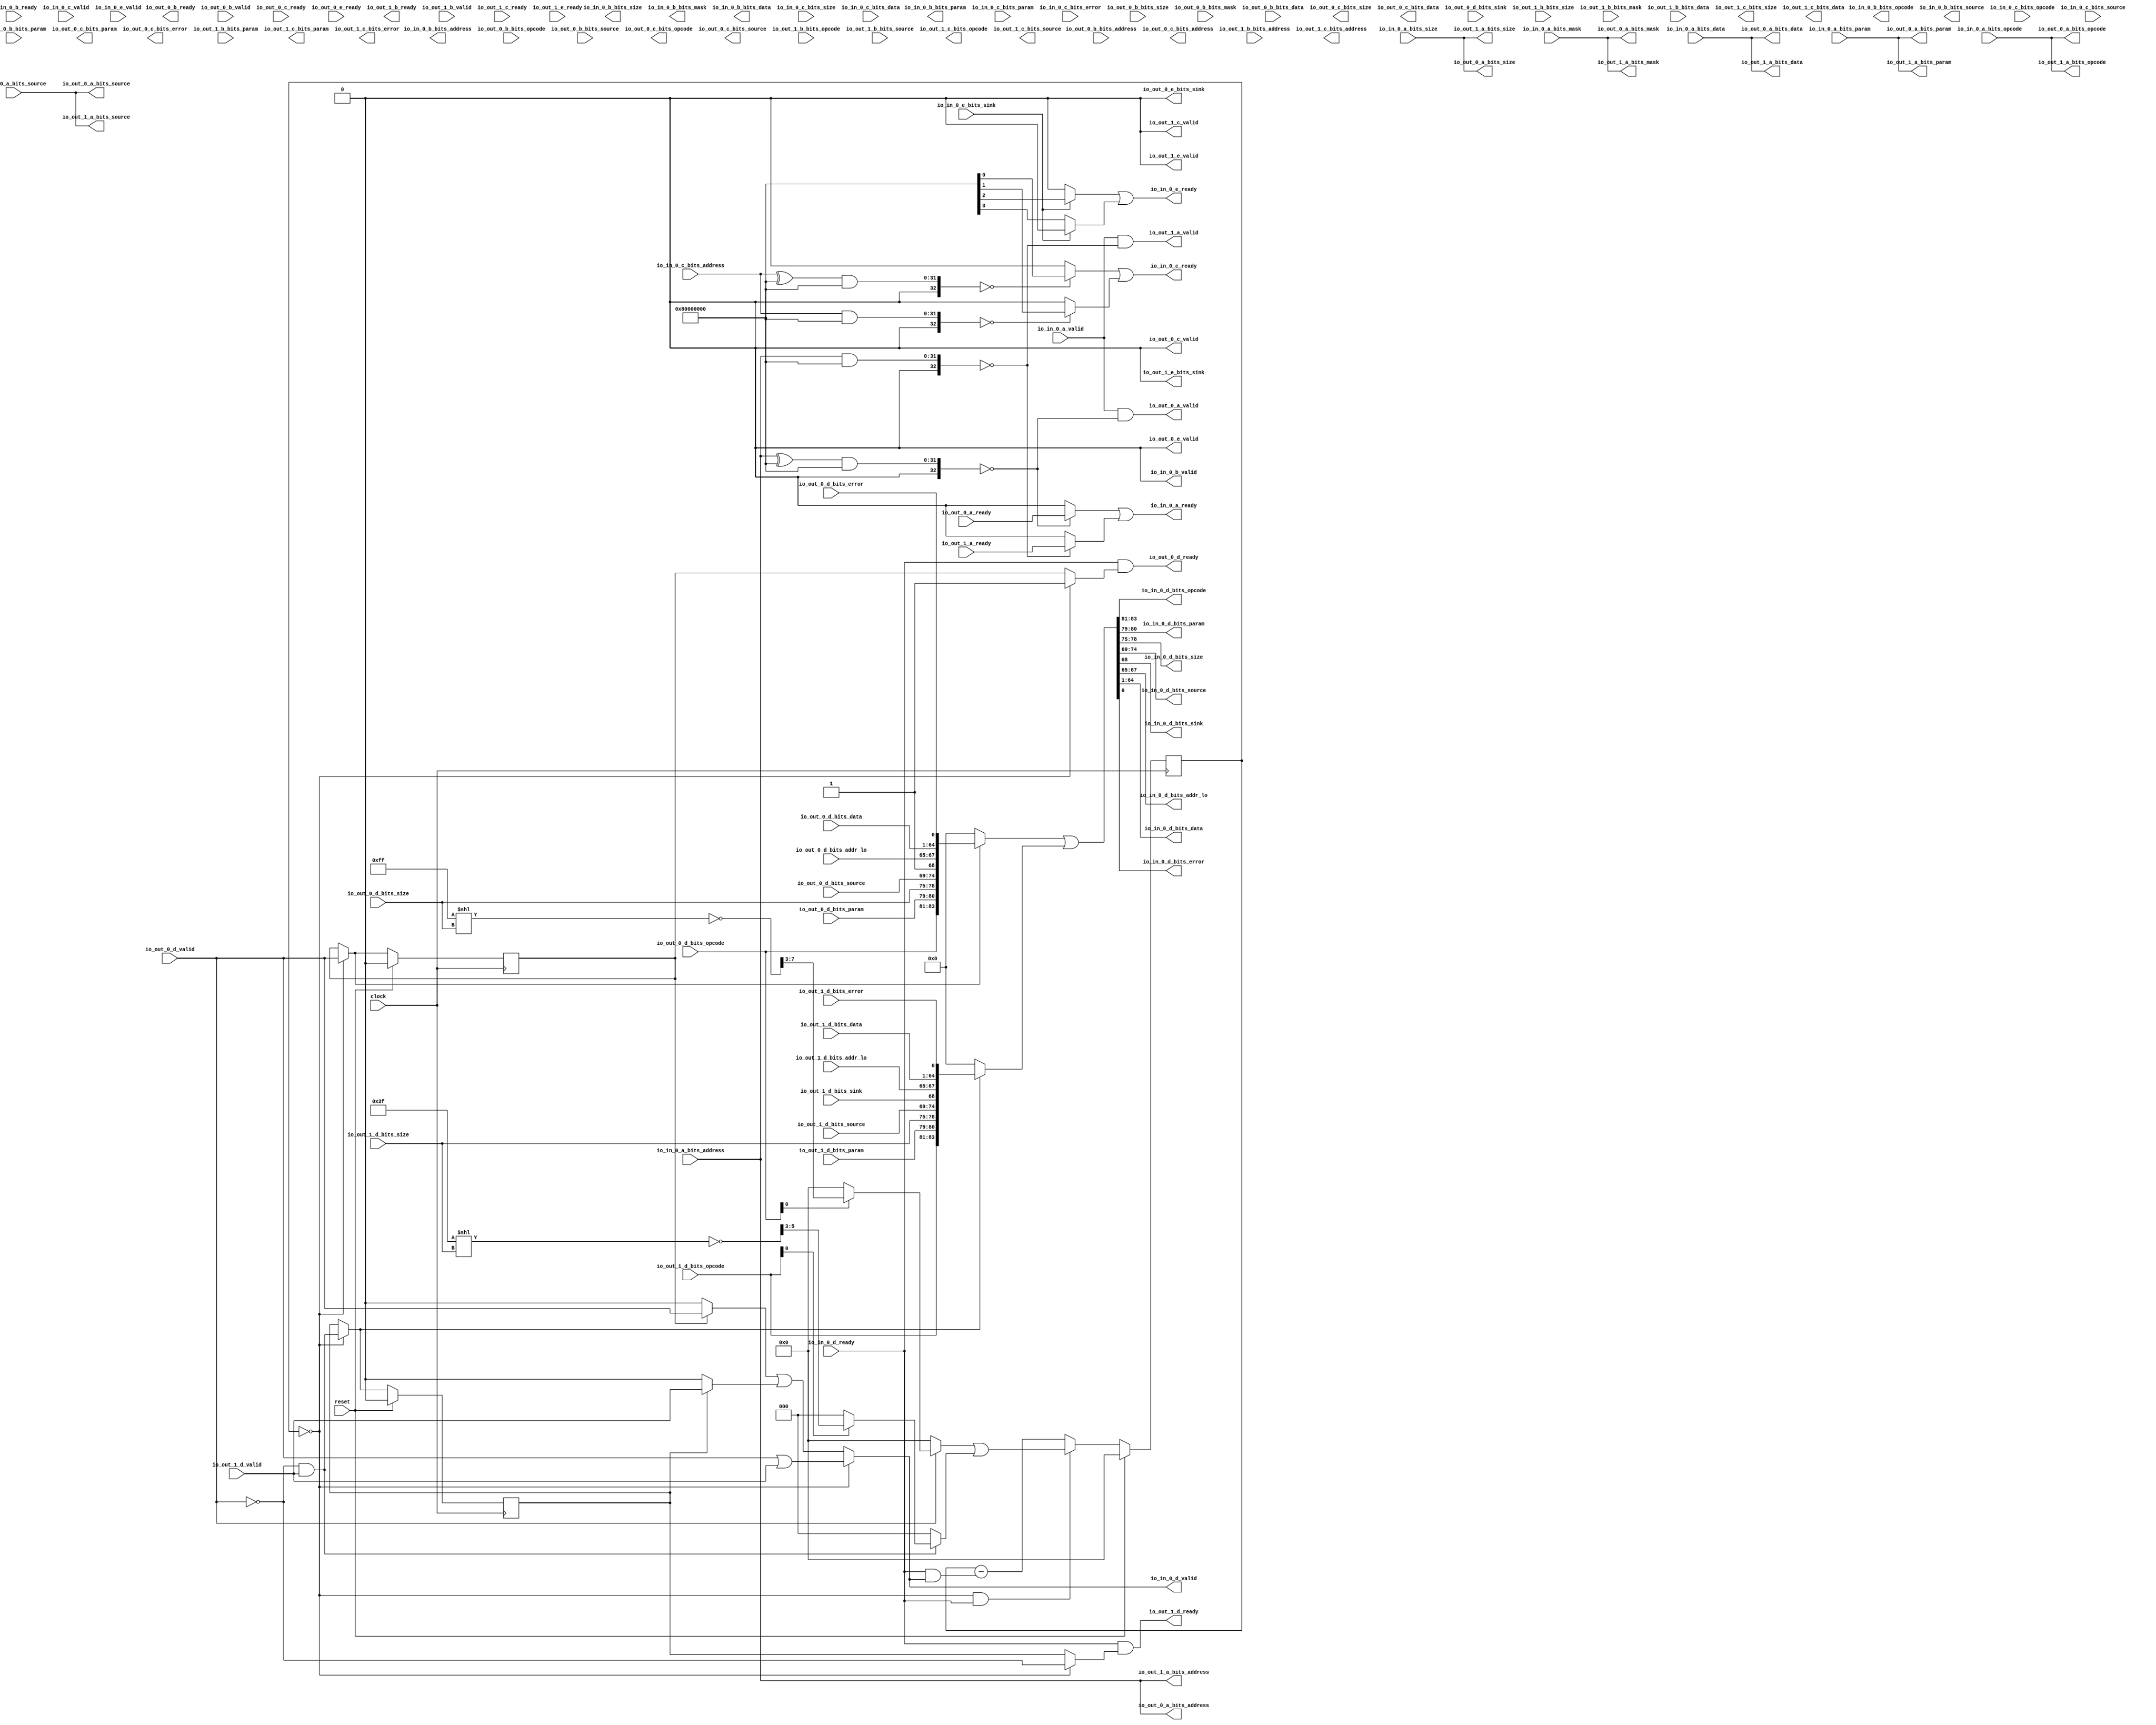
module TLXbar_mem_0(
  input   clock,
  input   reset,
  output  io_in_0_a_ready,
  input   io_in_0_a_valid,
  input  [2:0] io_in_0_a_bits_opcode,
  input  [2:0] io_in_0_a_bits_param,
  input  [3:0] io_in_0_a_bits_size,
  input  [5:0] io_in_0_a_bits_source,
  input  [31:0] io_in_0_a_bits_address,
  input  [7:0] io_in_0_a_bits_mask,
  input  [63:0] io_in_0_a_bits_data,
  input   io_in_0_b_ready,
  output  io_in_0_b_valid,
  output [2:0] io_in_0_b_bits_opcode,
  output [1:0] io_in_0_b_bits_param,
  output [3:0] io_in_0_b_bits_size,
  output [5:0] io_in_0_b_bits_source,
  output [31:0] io_in_0_b_bits_address,
  output [7:0] io_in_0_b_bits_mask,
  output [63:0] io_in_0_b_bits_data,
  output  io_in_0_c_ready,
  input   io_in_0_c_valid,
  input  [2:0] io_in_0_c_bits_opcode,
  input  [2:0] io_in_0_c_bits_param,
  input  [3:0] io_in_0_c_bits_size,
  input  [5:0] io_in_0_c_bits_source,
  input  [31:0] io_in_0_c_bits_address,
  input  [63:0] io_in_0_c_bits_data,
  input   io_in_0_c_bits_error,
  input   io_in_0_d_ready,
  output  io_in_0_d_valid,
  output [2:0] io_in_0_d_bits_opcode,
  output [1:0] io_in_0_d_bits_param,
  output [3:0] io_in_0_d_bits_size,
  output [5:0] io_in_0_d_bits_source,
  output  io_in_0_d_bits_sink,
  output [2:0] io_in_0_d_bits_addr_lo,
  output [63:0] io_in_0_d_bits_data,
  output  io_in_0_d_bits_error,
  output  io_in_0_e_ready,
  input   io_in_0_e_valid,
  input   io_in_0_e_bits_sink,
  input   io_out_0_a_ready,
  output  io_out_0_a_valid,
  output [2:0] io_out_0_a_bits_opcode,
  output [2:0] io_out_0_a_bits_param,
  output [3:0] io_out_0_a_bits_size,
  output [5:0] io_out_0_a_bits_source,
  output [31:0] io_out_0_a_bits_address,
  output [7:0] io_out_0_a_bits_mask,
  output [63:0] io_out_0_a_bits_data,
  output  io_out_0_b_ready,
  input   io_out_0_b_valid,
  input  [2:0] io_out_0_b_bits_opcode,
  input  [1:0] io_out_0_b_bits_param,
  input  [3:0] io_out_0_b_bits_size,
  input  [5:0] io_out_0_b_bits_source,
  input  [31:0] io_out_0_b_bits_address,
  input  [7:0] io_out_0_b_bits_mask,
  input  [63:0] io_out_0_b_bits_data,
  input   io_out_0_c_ready,
  output  io_out_0_c_valid,
  output [2:0] io_out_0_c_bits_opcode,
  output [2:0] io_out_0_c_bits_param,
  output [3:0] io_out_0_c_bits_size,
  output [5:0] io_out_0_c_bits_source,
  output [31:0] io_out_0_c_bits_address,
  output [63:0] io_out_0_c_bits_data,
  output  io_out_0_c_bits_error,
  output  io_out_0_d_ready,
  input   io_out_0_d_valid,
  input  [2:0] io_out_0_d_bits_opcode,
  input  [1:0] io_out_0_d_bits_param,
  input  [3:0] io_out_0_d_bits_size,
  input  [5:0] io_out_0_d_bits_source,
  input   io_out_0_d_bits_sink,
  input  [2:0] io_out_0_d_bits_addr_lo,
  input  [63:0] io_out_0_d_bits_data,
  input   io_out_0_d_bits_error,
  input   io_out_0_e_ready,
  output  io_out_0_e_valid,
  output  io_out_0_e_bits_sink,
  input   io_out_1_a_ready,
  output  io_out_1_a_valid,
  output [2:0] io_out_1_a_bits_opcode,
  output [2:0] io_out_1_a_bits_param,
  output [3:0] io_out_1_a_bits_size,
  output [5:0] io_out_1_a_bits_source,
  output [31:0] io_out_1_a_bits_address,
  output [7:0] io_out_1_a_bits_mask,
  output [63:0] io_out_1_a_bits_data,
  output  io_out_1_b_ready,
  input   io_out_1_b_valid,
  input  [2:0] io_out_1_b_bits_opcode,
  input  [1:0] io_out_1_b_bits_param,
  input  [3:0] io_out_1_b_bits_size,
  input  [5:0] io_out_1_b_bits_source,
  input  [31:0] io_out_1_b_bits_address,
  input  [7:0] io_out_1_b_bits_mask,
  input  [63:0] io_out_1_b_bits_data,
  input   io_out_1_c_ready,
  output  io_out_1_c_valid,
  output [2:0] io_out_1_c_bits_opcode,
  output [2:0] io_out_1_c_bits_param,
  output [3:0] io_out_1_c_bits_size,
  output [5:0] io_out_1_c_bits_source,
  output [31:0] io_out_1_c_bits_address,
  output [63:0] io_out_1_c_bits_data,
  output  io_out_1_c_bits_error,
  output  io_out_1_d_ready,
  input   io_out_1_d_valid,
  input  [2:0] io_out_1_d_bits_opcode,
  input  [1:0] io_out_1_d_bits_param,
  input  [3:0] io_out_1_d_bits_size,
  input  [5:0] io_out_1_d_bits_source,
  input   io_out_1_d_bits_sink,
  input  [2:0] io_out_1_d_bits_addr_lo,
  input  [63:0] io_out_1_d_bits_data,
  input   io_out_1_d_bits_error,
  input   io_out_1_e_ready,
  output  io_out_1_e_valid,
  output  io_out_1_e_bits_sink
);
  wire  in_0_a_ready;
  wire  in_0_a_valid;
  wire [2:0] in_0_a_bits_opcode;
  wire [2:0] in_0_a_bits_param;
  wire [3:0] in_0_a_bits_size;
  wire [5:0] in_0_a_bits_source;
  wire [31:0] in_0_a_bits_address;
  wire [7:0] in_0_a_bits_mask;
  wire [63:0] in_0_a_bits_data;
  wire  in_0_b_ready;
  wire  in_0_b_valid;
  wire [2:0] in_0_b_bits_opcode;
  wire [1:0] in_0_b_bits_param;
  wire [3:0] in_0_b_bits_size;
  wire [5:0] in_0_b_bits_source;
  wire [31:0] in_0_b_bits_address;
  wire [7:0] in_0_b_bits_mask;
  wire [63:0] in_0_b_bits_data;
  wire  in_0_c_ready;
  wire  in_0_c_valid;
  wire [2:0] in_0_c_bits_opcode;
  wire [2:0] in_0_c_bits_param;
  wire [3:0] in_0_c_bits_size;
  wire [5:0] in_0_c_bits_source;
  wire [31:0] in_0_c_bits_address;
  wire [63:0] in_0_c_bits_data;
  wire  in_0_c_bits_error;
  wire  in_0_d_ready;
  wire  in_0_d_valid;
  wire [2:0] in_0_d_bits_opcode;
  wire [1:0] in_0_d_bits_param;
  wire [3:0] in_0_d_bits_size;
  wire [5:0] in_0_d_bits_source;
  wire  in_0_d_bits_sink;
  wire [2:0] in_0_d_bits_addr_lo;
  wire [63:0] in_0_d_bits_data;
  wire  in_0_d_bits_error;
  wire  in_0_e_ready;
  wire  in_0_e_valid;
  wire  in_0_e_bits_sink;
  wire  out_0_a_ready;
  wire  out_0_a_valid;
  wire [2:0] out_0_a_bits_opcode;
  wire [2:0] out_0_a_bits_param;
  wire [3:0] out_0_a_bits_size;
  wire [5:0] out_0_a_bits_source;
  wire [31:0] out_0_a_bits_address;
  wire [7:0] out_0_a_bits_mask;
  wire [63:0] out_0_a_bits_data;
  wire  out_0_b_ready;
  wire  out_0_b_valid;
  wire [2:0] out_0_b_bits_opcode;
  wire [1:0] out_0_b_bits_param;
  wire [3:0] out_0_b_bits_size;
  wire [5:0] out_0_b_bits_source;
  wire [31:0] out_0_b_bits_address;
  wire [7:0] out_0_b_bits_mask;
  wire [63:0] out_0_b_bits_data;
  wire  out_0_c_ready;
  wire  out_0_c_valid;
  wire [2:0] out_0_c_bits_opcode;
  wire [2:0] out_0_c_bits_param;
  wire [3:0] out_0_c_bits_size;
  wire [5:0] out_0_c_bits_source;
  wire [31:0] out_0_c_bits_address;
  wire [63:0] out_0_c_bits_data;
  wire  out_0_c_bits_error;
  wire  out_0_d_ready;
  wire  out_0_d_valid;
  wire [2:0] out_0_d_bits_opcode;
  wire [1:0] out_0_d_bits_param;
  wire [3:0] out_0_d_bits_size;
  wire [5:0] out_0_d_bits_source;
  wire  out_0_d_bits_sink;
  wire [2:0] out_0_d_bits_addr_lo;
  wire [63:0] out_0_d_bits_data;
  wire  out_0_d_bits_error;
  wire  out_0_e_ready;
  wire  out_0_e_valid;
  wire  out_0_e_bits_sink;
  wire  out_1_a_ready;
  wire  out_1_a_valid;
  wire [2:0] out_1_a_bits_opcode;
  wire [2:0] out_1_a_bits_param;
  wire [3:0] out_1_a_bits_size;
  wire [5:0] out_1_a_bits_source;
  wire [31:0] out_1_a_bits_address;
  wire [7:0] out_1_a_bits_mask;
  wire [63:0] out_1_a_bits_data;
  wire  out_1_b_ready;
  wire  out_1_b_valid;
  wire [2:0] out_1_b_bits_opcode;
  wire [1:0] out_1_b_bits_param;
  wire [3:0] out_1_b_bits_size;
  wire [5:0] out_1_b_bits_source;
  wire [31:0] out_1_b_bits_address;
  wire [7:0] out_1_b_bits_mask;
  wire [63:0] out_1_b_bits_data;
  wire  out_1_c_ready;
  wire  out_1_c_valid;
  wire [2:0] out_1_c_bits_opcode;
  wire [2:0] out_1_c_bits_param;
  wire [3:0] out_1_c_bits_size;
  wire [5:0] out_1_c_bits_source;
  wire [31:0] out_1_c_bits_address;
  wire [63:0] out_1_c_bits_data;
  wire  out_1_c_bits_error;
  wire  out_1_d_ready;
  wire  out_1_d_valid;
  wire [2:0] out_1_d_bits_opcode;
  wire [1:0] out_1_d_bits_param;
  wire [3:0] out_1_d_bits_size;
  wire [5:0] out_1_d_bits_source;
  wire  out_1_d_bits_sink;
  wire [2:0] out_1_d_bits_addr_lo;
  wire [63:0] out_1_d_bits_data;
  wire  out_1_d_bits_error;
  wire  out_1_e_ready;
  wire  out_1_e_valid;
  wire  out_1_e_bits_sink;
  wire [31:0] _T_3683;
  wire [32:0] _T_3684;
  wire [32:0] _T_3686;
  wire [32:0] _T_3687;
  wire  _T_3689;
  wire [32:0] _T_3692;
  wire [32:0] _T_3694;
  wire [32:0] _T_3695;
  wire  _T_3697;
  wire  _T_3703_0;
  wire  _T_3703_1;
  wire  requestAIO_0_0;
  wire  requestAIO_0_1;
  wire [31:0] _T_3748;
  wire [32:0] _T_3749;
  wire [32:0] _T_3751;
  wire [32:0] _T_3752;
  wire  _T_3754;
  wire [32:0] _T_3757;
  wire [32:0] _T_3759;
  wire [32:0] _T_3760;
  wire  _T_3762;
  wire  _T_3768_0;
  wire  _T_3768_1;
  wire  requestCIO_0_0;
  wire  requestCIO_0_1;
  wire  _T_3824_0;
  wire  _T_3840_0;
  wire  requestBOI_0_0;
  wire  requestBOI_1_0;
  wire  _T_3901_0;
  wire  _T_3917_0;
  wire  requestDOI_0_0;
  wire  requestDOI_1_0;
  wire  _T_3969;
  wire  _T_3975_0;
  wire  _T_3975_1;
  wire  requestEIO_0_0;
  wire  requestEIO_0_1;
  wire [22:0] _T_4021;
  wire [7:0] _T_4022;
  wire [7:0] _T_4023;
  wire [4:0] _T_4024;
  wire  _T_4025;
  wire  _T_4027;
  wire [4:0] _T_4029;
  wire [4:0] beatsAI_0;
  wire [4:0] beatsBO_0;
  wire [4:0] beatsBO_1;
  wire [4:0] beatsCI_0;
  wire [22:0] _T_4089;
  wire [7:0] _T_4090;
  wire [7:0] _T_4091;
  wire [4:0] _T_4092;
  wire  _T_4093;
  wire [4:0] _T_4095;
  wire [20:0] _T_4098;
  wire [5:0] _T_4099;
  wire [5:0] _T_4100;
  wire [2:0] _T_4101;
  wire  _T_4102;
  wire [2:0] _T_4104;
  wire [4:0] beatsDO_0;
  wire [4:0] beatsDO_1;
  wire  beatsEI_0;
  wire  _T_4184_0_ready;
  wire  _T_4184_0_valid;
  wire [2:0] _T_4184_0_bits_opcode;
  wire [2:0] _T_4184_0_bits_param;
  wire [3:0] _T_4184_0_bits_size;
  wire [5:0] _T_4184_0_bits_source;
  wire [31:0] _T_4184_0_bits_address;
  wire [7:0] _T_4184_0_bits_mask;
  wire [63:0] _T_4184_0_bits_data;
  wire  _T_4184_1_ready;
  wire  _T_4184_1_valid;
  wire [2:0] _T_4184_1_bits_opcode;
  wire [2:0] _T_4184_1_bits_param;
  wire [3:0] _T_4184_1_bits_size;
  wire [5:0] _T_4184_1_bits_source;
  wire [31:0] _T_4184_1_bits_address;
  wire [7:0] _T_4184_1_bits_mask;
  wire [63:0] _T_4184_1_bits_data;
  wire  _T_4246;
  wire  _T_4247;
  wire  _T_4250;
  wire  _T_4253;
  wire  _T_4255;
  wire  _T_4256;
  wire  _T_4299_0_ready;
  wire  _T_4299_0_valid;
  wire [2:0] _T_4299_0_bits_opcode;
  wire [1:0] _T_4299_0_bits_param;
  wire [3:0] _T_4299_0_bits_size;
  wire [5:0] _T_4299_0_bits_source;
  wire [31:0] _T_4299_0_bits_address;
  wire [7:0] _T_4299_0_bits_mask;
  wire [63:0] _T_4299_0_bits_data;
  wire  _T_4341;
  wire  _T_4384_0_ready;
  wire  _T_4384_0_valid;
  wire [2:0] _T_4384_0_bits_opcode;
  wire [1:0] _T_4384_0_bits_param;
  wire [3:0] _T_4384_0_bits_size;
  wire [5:0] _T_4384_0_bits_source;
  wire [31:0] _T_4384_0_bits_address;
  wire [7:0] _T_4384_0_bits_mask;
  wire [63:0] _T_4384_0_bits_data;
  wire  _T_4426;
  wire  _T_4489_0_ready;
  wire  _T_4489_0_valid;
  wire [2:0] _T_4489_0_bits_opcode;
  wire [2:0] _T_4489_0_bits_param;
  wire [3:0] _T_4489_0_bits_size;
  wire [5:0] _T_4489_0_bits_source;
  wire [31:0] _T_4489_0_bits_address;
  wire [63:0] _T_4489_0_bits_data;
  wire  _T_4489_0_bits_error;
  wire  _T_4489_1_ready;
  wire  _T_4489_1_valid;
  wire [2:0] _T_4489_1_bits_opcode;
  wire [2:0] _T_4489_1_bits_param;
  wire [3:0] _T_4489_1_bits_size;
  wire [5:0] _T_4489_1_bits_source;
  wire [31:0] _T_4489_1_bits_address;
  wire [63:0] _T_4489_1_bits_data;
  wire  _T_4489_1_bits_error;
  wire  _T_4551;
  wire  _T_4552;
  wire  _T_4555;
  wire  _T_4558;
  wire  _T_4560;
  wire  _T_4561;
  wire  _T_4608_0_ready;
  wire  _T_4608_0_valid;
  wire [2:0] _T_4608_0_bits_opcode;
  wire [1:0] _T_4608_0_bits_param;
  wire [3:0] _T_4608_0_bits_size;
  wire [5:0] _T_4608_0_bits_source;
  wire  _T_4608_0_bits_sink;
  wire [2:0] _T_4608_0_bits_addr_lo;
  wire [63:0] _T_4608_0_bits_data;
  wire  _T_4608_0_bits_error;
  wire  _T_4654;
  wire  _T_4701_0_ready;
  wire  _T_4701_0_valid;
  wire [2:0] _T_4701_0_bits_opcode;
  wire [1:0] _T_4701_0_bits_param;
  wire [3:0] _T_4701_0_bits_size;
  wire [5:0] _T_4701_0_bits_source;
  wire  _T_4701_0_bits_sink;
  wire [2:0] _T_4701_0_bits_addr_lo;
  wire [63:0] _T_4701_0_bits_data;
  wire  _T_4701_0_bits_error;
  wire  _T_4747;
  wire  _T_4774_0_ready;
  wire  _T_4774_0_valid;
  wire  _T_4774_0_bits_sink;
  wire  _T_4774_1_ready;
  wire  _T_4774_1_valid;
  wire  _T_4774_1_bits_sink;
  wire  _T_4800;
  wire  _T_4801;
  wire  _T_4804;
  wire  _T_4807;
  wire  _T_4809;
  wire  _T_4810;
  reg [4:0] _T_4812;
  reg [31:0] _GEN_32;
  wire  _T_4814;
  wire  _T_4815;
  wire  _T_4818;
  wire  _T_4824_0;
  wire  _T_4828;
  wire  _T_4833_0;
  wire  _T_4849;
  wire  _T_4850;
  wire  _T_4852;
  wire [4:0] _T_4854;
  wire  _T_4855;
  wire [4:0] _GEN_0;
  wire [5:0] _T_4856;
  wire [4:0] _T_4857;
  wire [4:0] _T_4858;
  wire  _T_4864_0;
  reg  _T_4868_0;
  reg [31:0] _GEN_33;
  wire  _T_4872_0;
  reg [4:0] _T_4880;
  reg [31:0] _GEN_34;
  wire  _T_4882;
  wire  _T_4883;
  wire  _T_4886;
  wire  _T_4892_0;
  wire  _T_4896;
  wire  _T_4901_0;
  wire  _T_4917;
  wire  _T_4918;
  wire  _T_4920;
  wire [4:0] _T_4922;
  wire  _T_4923;
  wire [4:0] _GEN_1;
  wire [5:0] _T_4924;
  wire [4:0] _T_4925;
  wire [4:0] _T_4926;
  wire  _T_4932_0;
  reg  _T_4936_0;
  reg [31:0] _GEN_35;
  wire  _T_4940_0;
  reg [4:0] _T_4949;
  reg [31:0] _GEN_36;
  wire  _T_4951;
  wire  _T_4952;
  wire  _T_4955;
  wire  _T_4965_0;
  wire  _T_4965_1;
  wire  _T_4970;
  wire  _T_4971;
  wire  _T_4977_0;
  wire  _T_4977_1;
  wire  _T_4984;
  wire  _T_4988;
  wire  _T_4993;
  wire  _T_4994;
  wire  _T_4996;
  wire  _T_4998;
  wire  _T_4999;
  wire  _T_5001;
  wire  _T_5003;
  wire  _T_5004;
  wire  _T_5006;
  wire [4:0] _T_5008;
  wire [4:0] _T_5010;
  wire [4:0] _T_5011;
  wire  _T_5012;
  wire [4:0] _GEN_2;
  wire [5:0] _T_5013;
  wire [4:0] _T_5014;
  wire [4:0] _T_5015;
  wire  _T_5023_0;
  wire  _T_5023_1;
  reg  _T_5028_0;
  reg [31:0] _GEN_37;
  reg  _T_5028_1;
  reg [31:0] _GEN_38;
  wire  _T_5033_0;
  wire  _T_5033_1;
  wire  _T_5038_0;
  wire  _T_5038_1;
  wire  _T_5043;
  wire  _T_5044;
  wire  _T_5048;
  wire  _T_5051;
  wire  _T_5053;
  wire  _T_5054;
  wire  _T_5055;
  wire [64:0] _T_5056;
  wire [3:0] _T_5057;
  wire [68:0] _T_5058;
  wire [9:0] _T_5059;
  wire [4:0] _T_5060;
  wire [14:0] _T_5061;
  wire [83:0] _T_5062;
  wire [83:0] _T_5064;
  wire [64:0] _T_5065;
  wire [3:0] _T_5066;
  wire [68:0] _T_5067;
  wire [9:0] _T_5068;
  wire [4:0] _T_5069;
  wire [14:0] _T_5070;
  wire [83:0] _T_5071;
  wire [83:0] _T_5073;
  wire [83:0] _T_5083;
  wire [2:0] _T_5093_opcode;
  wire [1:0] _T_5093_param;
  wire [3:0] _T_5093_size;
  wire [5:0] _T_5093_source;
  wire  _T_5093_sink;
  wire [2:0] _T_5093_addr_lo;
  wire [63:0] _T_5093_data;
  wire  _T_5093_error;
  wire  _T_5102;
  wire  _T_5103;
  wire [63:0] _T_5104;
  wire [63:0] _T_5105;
  wire [2:0] _T_5106;
  wire [2:0] _T_5107;
  wire  _T_5108;
  wire  _T_5109;
  wire [5:0] _T_5110;
  wire [5:0] _T_5111;
  wire [3:0] _T_5112;
  wire [3:0] _T_5113;
  wire [1:0] _T_5114;
  wire [1:0] _T_5115;
  wire [2:0] _T_5116;
  wire [2:0] _T_5117;
  reg [2:0] _GEN_3;
  reg [31:0] _GEN_39;
  reg [1:0] _GEN_4;
  reg [31:0] _GEN_40;
  reg [3:0] _GEN_5;
  reg [31:0] _GEN_41;
  reg [5:0] _GEN_6;
  reg [31:0] _GEN_42;
  reg [31:0] _GEN_7;
  reg [31:0] _GEN_43;
  reg [7:0] _GEN_8;
  reg [31:0] _GEN_44;
  reg [63:0] _GEN_9;
  reg [63:0] _GEN_45;
  reg [2:0] _GEN_10;
  reg [31:0] _GEN_46;
  reg [2:0] _GEN_11;
  reg [31:0] _GEN_47;
  reg [3:0] _GEN_12;
  reg [31:0] _GEN_48;
  reg [5:0] _GEN_13;
  reg [31:0] _GEN_49;
  reg [31:0] _GEN_14;
  reg [31:0] _GEN_50;
  reg [63:0] _GEN_15;
  reg [63:0] _GEN_51;
  reg  _GEN_16;
  reg [31:0] _GEN_52;
  reg  _GEN_17;
  reg [31:0] _GEN_53;
  reg [2:0] _GEN_18;
  reg [31:0] _GEN_54;
  reg [2:0] _GEN_19;
  reg [31:0] _GEN_55;
  reg [3:0] _GEN_20;
  reg [31:0] _GEN_56;
  reg [5:0] _GEN_21;
  reg [31:0] _GEN_57;
  reg [31:0] _GEN_22;
  reg [31:0] _GEN_58;
  reg [63:0] _GEN_23;
  reg [63:0] _GEN_59;
  reg  _GEN_24;
  reg [31:0] _GEN_60;
  reg  _GEN_25;
  reg [31:0] _GEN_61;
  reg  _GEN_26;
  reg [31:0] _GEN_62;
  reg  _GEN_27;
  reg [31:0] _GEN_63;
  reg  _GEN_28;
  reg [31:0] _GEN_64;
  reg  _GEN_29;
  reg [31:0] _GEN_65;
  reg  _GEN_30;
  reg [31:0] _GEN_66;
  reg  _GEN_31;
  reg [31:0] _GEN_67;
  assign io_in_0_a_ready = in_0_a_ready;
  assign io_in_0_b_valid = in_0_b_valid;
  assign io_in_0_b_bits_opcode = in_0_b_bits_opcode;
  assign io_in_0_b_bits_param = in_0_b_bits_param;
  assign io_in_0_b_bits_size = in_0_b_bits_size;
  assign io_in_0_b_bits_source = in_0_b_bits_source;
  assign io_in_0_b_bits_address = in_0_b_bits_address;
  assign io_in_0_b_bits_mask = in_0_b_bits_mask;
  assign io_in_0_b_bits_data = in_0_b_bits_data;
  assign io_in_0_c_ready = in_0_c_ready;
  assign io_in_0_d_valid = in_0_d_valid;
  assign io_in_0_d_bits_opcode = in_0_d_bits_opcode;
  assign io_in_0_d_bits_param = in_0_d_bits_param;
  assign io_in_0_d_bits_size = in_0_d_bits_size;
  assign io_in_0_d_bits_source = in_0_d_bits_source;
  assign io_in_0_d_bits_sink = in_0_d_bits_sink;
  assign io_in_0_d_bits_addr_lo = in_0_d_bits_addr_lo;
  assign io_in_0_d_bits_data = in_0_d_bits_data;
  assign io_in_0_d_bits_error = in_0_d_bits_error;
  assign io_in_0_e_ready = in_0_e_ready;
  assign io_out_0_a_valid = out_0_a_valid;
  assign io_out_0_a_bits_opcode = out_0_a_bits_opcode;
  assign io_out_0_a_bits_param = out_0_a_bits_param;
  assign io_out_0_a_bits_size = out_0_a_bits_size;
  assign io_out_0_a_bits_source = out_0_a_bits_source;
  assign io_out_0_a_bits_address = out_0_a_bits_address;
  assign io_out_0_a_bits_mask = out_0_a_bits_mask;
  assign io_out_0_a_bits_data = out_0_a_bits_data;
  assign io_out_0_b_ready = out_0_b_ready;
  assign io_out_0_c_valid = out_0_c_valid;
  assign io_out_0_c_bits_opcode = out_0_c_bits_opcode;
  assign io_out_0_c_bits_param = out_0_c_bits_param;
  assign io_out_0_c_bits_size = out_0_c_bits_size;
  assign io_out_0_c_bits_source = out_0_c_bits_source;
  assign io_out_0_c_bits_address = out_0_c_bits_address;
  assign io_out_0_c_bits_data = out_0_c_bits_data;
  assign io_out_0_c_bits_error = out_0_c_bits_error;
  assign io_out_0_d_ready = out_0_d_ready;
  assign io_out_0_e_valid = out_0_e_valid;
  assign io_out_0_e_bits_sink = 1'h0;
  assign io_out_1_a_valid = out_1_a_valid;
  assign io_out_1_a_bits_opcode = out_1_a_bits_opcode;
  assign io_out_1_a_bits_param = out_1_a_bits_param;
  assign io_out_1_a_bits_size = out_1_a_bits_size;
  assign io_out_1_a_bits_source = out_1_a_bits_source;
  assign io_out_1_a_bits_address = out_1_a_bits_address;
  assign io_out_1_a_bits_mask = out_1_a_bits_mask;
  assign io_out_1_a_bits_data = out_1_a_bits_data;
  assign io_out_1_b_ready = out_1_b_ready;
  assign io_out_1_c_valid = out_1_c_valid;
  assign io_out_1_c_bits_opcode = out_1_c_bits_opcode;
  assign io_out_1_c_bits_param = out_1_c_bits_param;
  assign io_out_1_c_bits_size = out_1_c_bits_size;
  assign io_out_1_c_bits_source = out_1_c_bits_source;
  assign io_out_1_c_bits_address = out_1_c_bits_address;
  assign io_out_1_c_bits_data = out_1_c_bits_data;
  assign io_out_1_c_bits_error = out_1_c_bits_error;
  assign io_out_1_d_ready = out_1_d_ready;
  assign io_out_1_e_valid = out_1_e_valid;
  assign io_out_1_e_bits_sink = 1'h0;
  assign in_0_a_ready = _T_4256;
  assign in_0_a_valid = io_in_0_a_valid;
  assign in_0_a_bits_opcode = io_in_0_a_bits_opcode;
  assign in_0_a_bits_param = io_in_0_a_bits_param;
  assign in_0_a_bits_size = io_in_0_a_bits_size;
  assign in_0_a_bits_source = io_in_0_a_bits_source;
  assign in_0_a_bits_address = io_in_0_a_bits_address;
  assign in_0_a_bits_mask = io_in_0_a_bits_mask;
  assign in_0_a_bits_data = io_in_0_a_bits_data;
  assign in_0_b_ready = io_in_0_b_ready;
  assign in_0_b_valid = 1'h0;
  assign in_0_b_bits_opcode = _GEN_3;
  assign in_0_b_bits_param = _GEN_4;
  assign in_0_b_bits_size = _GEN_5;
  assign in_0_b_bits_source = _GEN_6;
  assign in_0_b_bits_address = _GEN_7;
  assign in_0_b_bits_mask = _GEN_8;
  assign in_0_b_bits_data = _GEN_9;
  assign in_0_c_ready = _T_4561;
  assign in_0_c_valid = io_in_0_c_valid;
  assign in_0_c_bits_opcode = io_in_0_c_bits_opcode;
  assign in_0_c_bits_param = io_in_0_c_bits_param;
  assign in_0_c_bits_size = io_in_0_c_bits_size;
  assign in_0_c_bits_source = io_in_0_c_bits_source;
  assign in_0_c_bits_address = io_in_0_c_bits_address;
  assign in_0_c_bits_data = io_in_0_c_bits_data;
  assign in_0_c_bits_error = io_in_0_c_bits_error;
  assign in_0_d_ready = io_in_0_d_ready;
  assign in_0_d_valid = _T_5055;
  assign in_0_d_bits_opcode = _T_5093_opcode;
  assign in_0_d_bits_param = _T_5093_param;
  assign in_0_d_bits_size = _T_5093_size;
  assign in_0_d_bits_source = _T_5093_source;
  assign in_0_d_bits_sink = _T_5093_sink;
  assign in_0_d_bits_addr_lo = _T_5093_addr_lo;
  assign in_0_d_bits_data = _T_5093_data;
  assign in_0_d_bits_error = _T_5093_error;
  assign in_0_e_ready = _T_4810;
  assign in_0_e_valid = io_in_0_e_valid;
  assign in_0_e_bits_sink = io_in_0_e_bits_sink;
  assign out_0_a_ready = io_out_0_a_ready;
  assign out_0_a_valid = _T_4184_0_valid;
  assign out_0_a_bits_opcode = _T_4184_0_bits_opcode;
  assign out_0_a_bits_param = _T_4184_0_bits_param;
  assign out_0_a_bits_size = _T_4184_0_bits_size;
  assign out_0_a_bits_source = _T_4184_0_bits_source;
  assign out_0_a_bits_address = _T_4184_0_bits_address;
  assign out_0_a_bits_mask = _T_4184_0_bits_mask;
  assign out_0_a_bits_data = _T_4184_0_bits_data;
  assign out_0_b_ready = _T_4299_0_ready;
  assign out_0_b_valid = io_out_0_b_valid;
  assign out_0_b_bits_opcode = io_out_0_b_bits_opcode;
  assign out_0_b_bits_param = io_out_0_b_bits_param;
  assign out_0_b_bits_size = io_out_0_b_bits_size;
  assign out_0_b_bits_source = io_out_0_b_bits_source;
  assign out_0_b_bits_address = io_out_0_b_bits_address;
  assign out_0_b_bits_mask = io_out_0_b_bits_mask;
  assign out_0_b_bits_data = io_out_0_b_bits_data;
  assign out_0_c_ready = io_out_0_c_ready;
  assign out_0_c_valid = 1'h0;
  assign out_0_c_bits_opcode = _GEN_10;
  assign out_0_c_bits_param = _GEN_11;
  assign out_0_c_bits_size = _GEN_12;
  assign out_0_c_bits_source = _GEN_13;
  assign out_0_c_bits_address = _GEN_14;
  assign out_0_c_bits_data = _GEN_15;
  assign out_0_c_bits_error = _GEN_16;
  assign out_0_d_ready = _T_4608_0_ready;
  assign out_0_d_valid = io_out_0_d_valid;
  assign out_0_d_bits_opcode = io_out_0_d_bits_opcode;
  assign out_0_d_bits_param = io_out_0_d_bits_param;
  assign out_0_d_bits_size = io_out_0_d_bits_size;
  assign out_0_d_bits_source = io_out_0_d_bits_source;
  assign out_0_d_bits_sink = 1'h1;
  assign out_0_d_bits_addr_lo = io_out_0_d_bits_addr_lo;
  assign out_0_d_bits_data = io_out_0_d_bits_data;
  assign out_0_d_bits_error = io_out_0_d_bits_error;
  assign out_0_e_ready = io_out_0_e_ready;
  assign out_0_e_valid = 1'h0;
  assign out_0_e_bits_sink = _GEN_17;
  assign out_1_a_ready = io_out_1_a_ready;
  assign out_1_a_valid = _T_4184_1_valid;
  assign out_1_a_bits_opcode = _T_4184_1_bits_opcode;
  assign out_1_a_bits_param = _T_4184_1_bits_param;
  assign out_1_a_bits_size = _T_4184_1_bits_size;
  assign out_1_a_bits_source = _T_4184_1_bits_source;
  assign out_1_a_bits_address = _T_4184_1_bits_address;
  assign out_1_a_bits_mask = _T_4184_1_bits_mask;
  assign out_1_a_bits_data = _T_4184_1_bits_data;
  assign out_1_b_ready = _T_4384_0_ready;
  assign out_1_b_valid = io_out_1_b_valid;
  assign out_1_b_bits_opcode = io_out_1_b_bits_opcode;
  assign out_1_b_bits_param = io_out_1_b_bits_param;
  assign out_1_b_bits_size = io_out_1_b_bits_size;
  assign out_1_b_bits_source = io_out_1_b_bits_source;
  assign out_1_b_bits_address = io_out_1_b_bits_address;
  assign out_1_b_bits_mask = io_out_1_b_bits_mask;
  assign out_1_b_bits_data = io_out_1_b_bits_data;
  assign out_1_c_ready = io_out_1_c_ready;
  assign out_1_c_valid = 1'h0;
  assign out_1_c_bits_opcode = _GEN_18;
  assign out_1_c_bits_param = _GEN_19;
  assign out_1_c_bits_size = _GEN_20;
  assign out_1_c_bits_source = _GEN_21;
  assign out_1_c_bits_address = _GEN_22;
  assign out_1_c_bits_data = _GEN_23;
  assign out_1_c_bits_error = _GEN_24;
  assign out_1_d_ready = _T_4701_0_ready;
  assign out_1_d_valid = io_out_1_d_valid;
  assign out_1_d_bits_opcode = io_out_1_d_bits_opcode;
  assign out_1_d_bits_param = io_out_1_d_bits_param;
  assign out_1_d_bits_size = io_out_1_d_bits_size;
  assign out_1_d_bits_source = io_out_1_d_bits_source;
  assign out_1_d_bits_sink = io_out_1_d_bits_sink;
  assign out_1_d_bits_addr_lo = io_out_1_d_bits_addr_lo;
  assign out_1_d_bits_data = io_out_1_d_bits_data;
  assign out_1_d_bits_error = io_out_1_d_bits_error;
  assign out_1_e_ready = io_out_1_e_ready;
  assign out_1_e_valid = 1'h0;
  assign out_1_e_bits_sink = _GEN_25;
  assign _T_3683 = in_0_a_bits_address ^ 32'h80000000;
  assign _T_3684 = {1'b0,$signed(_T_3683)};
  assign _T_3686 = $signed(_T_3684) & $signed(33'sh80000000);
  assign _T_3687 = $signed(_T_3686);
  assign _T_3689 = $signed(_T_3687) == $signed(33'sh0);
  assign _T_3692 = {1'b0,$signed(in_0_a_bits_address)};
  assign _T_3694 = $signed(_T_3692) & $signed(33'sh80000000);
  assign _T_3695 = $signed(_T_3694);
  assign _T_3697 = $signed(_T_3695) == $signed(33'sh0);
  assign _T_3703_0 = _T_3689;
  assign _T_3703_1 = _T_3697;
  assign requestAIO_0_0 = _T_3703_0;
  assign requestAIO_0_1 = _T_3703_1;
  assign _T_3748 = in_0_c_bits_address ^ 32'h80000000;
  assign _T_3749 = {1'b0,$signed(_T_3748)};
  assign _T_3751 = $signed(_T_3749) & $signed(33'sh80000000);
  assign _T_3752 = $signed(_T_3751);
  assign _T_3754 = $signed(_T_3752) == $signed(33'sh0);
  assign _T_3757 = {1'b0,$signed(in_0_c_bits_address)};
  assign _T_3759 = $signed(_T_3757) & $signed(33'sh80000000);
  assign _T_3760 = $signed(_T_3759);
  assign _T_3762 = $signed(_T_3760) == $signed(33'sh0);
  assign _T_3768_0 = _T_3754;
  assign _T_3768_1 = _T_3762;
  assign requestCIO_0_0 = _T_3768_0;
  assign requestCIO_0_1 = _T_3768_1;
  assign _T_3824_0 = 1'h1;
  assign _T_3840_0 = 1'h1;
  assign requestBOI_0_0 = _T_3824_0;
  assign requestBOI_1_0 = _T_3840_0;
  assign _T_3901_0 = 1'h1;
  assign _T_3917_0 = 1'h1;
  assign requestDOI_0_0 = _T_3901_0;
  assign requestDOI_1_0 = _T_3917_0;
  assign _T_3969 = 1'h0 == in_0_e_bits_sink;
  assign _T_3975_0 = in_0_e_bits_sink;
  assign _T_3975_1 = _T_3969;
  assign requestEIO_0_0 = _T_3975_0;
  assign requestEIO_0_1 = _T_3975_1;
  assign _T_4021 = 23'hff << in_0_a_bits_size;
  assign _T_4022 = _T_4021[7:0];
  assign _T_4023 = ~ _T_4022;
  assign _T_4024 = _T_4023[7:3];
  assign _T_4025 = in_0_a_bits_opcode[2];
  assign _T_4027 = _T_4025 == 1'h0;
  assign _T_4029 = _T_4027 ? _T_4024 : 5'h0;
  assign beatsAI_0 = _T_4029;
  assign beatsBO_0 = 5'h0;
  assign beatsBO_1 = 5'h0;
  assign beatsCI_0 = 5'h0;
  assign _T_4089 = 23'hff << out_0_d_bits_size;
  assign _T_4090 = _T_4089[7:0];
  assign _T_4091 = ~ _T_4090;
  assign _T_4092 = _T_4091[7:3];
  assign _T_4093 = out_0_d_bits_opcode[0];
  assign _T_4095 = _T_4093 ? _T_4092 : 5'h0;
  assign _T_4098 = 21'h3f << out_1_d_bits_size;
  assign _T_4099 = _T_4098[5:0];
  assign _T_4100 = ~ _T_4099;
  assign _T_4101 = _T_4100[5:3];
  assign _T_4102 = out_1_d_bits_opcode[0];
  assign _T_4104 = _T_4102 ? _T_4101 : 3'h0;
  assign beatsDO_0 = _T_4095;
  assign beatsDO_1 = {{2'd0}, _T_4104};
  assign beatsEI_0 = 1'h0;
  assign _T_4184_0_ready = out_0_a_ready;
  assign _T_4184_0_valid = _T_4246;
  assign _T_4184_0_bits_opcode = in_0_a_bits_opcode;
  assign _T_4184_0_bits_param = in_0_a_bits_param;
  assign _T_4184_0_bits_size = in_0_a_bits_size;
  assign _T_4184_0_bits_source = in_0_a_bits_source;
  assign _T_4184_0_bits_address = in_0_a_bits_address;
  assign _T_4184_0_bits_mask = in_0_a_bits_mask;
  assign _T_4184_0_bits_data = in_0_a_bits_data;
  assign _T_4184_1_ready = out_1_a_ready;
  assign _T_4184_1_valid = _T_4247;
  assign _T_4184_1_bits_opcode = in_0_a_bits_opcode;
  assign _T_4184_1_bits_param = in_0_a_bits_param;
  assign _T_4184_1_bits_size = in_0_a_bits_size;
  assign _T_4184_1_bits_source = in_0_a_bits_source;
  assign _T_4184_1_bits_address = in_0_a_bits_address;
  assign _T_4184_1_bits_mask = in_0_a_bits_mask;
  assign _T_4184_1_bits_data = in_0_a_bits_data;
  assign _T_4246 = in_0_a_valid & requestAIO_0_0;
  assign _T_4247 = in_0_a_valid & requestAIO_0_1;
  assign _T_4250 = requestAIO_0_0 ? _T_4184_0_ready : 1'h0;
  assign _T_4253 = requestAIO_0_1 ? _T_4184_1_ready : 1'h0;
  assign _T_4255 = _T_4250 | _T_4253;
  assign _T_4256 = _T_4255;
  assign _T_4299_0_ready = _GEN_26;
  assign _T_4299_0_valid = _T_4341;
  assign _T_4299_0_bits_opcode = out_0_b_bits_opcode;
  assign _T_4299_0_bits_param = out_0_b_bits_param;
  assign _T_4299_0_bits_size = out_0_b_bits_size;
  assign _T_4299_0_bits_source = out_0_b_bits_source;
  assign _T_4299_0_bits_address = out_0_b_bits_address;
  assign _T_4299_0_bits_mask = out_0_b_bits_mask;
  assign _T_4299_0_bits_data = out_0_b_bits_data;
  assign _T_4341 = out_0_b_valid & requestBOI_0_0;
  assign _T_4384_0_ready = _GEN_27;
  assign _T_4384_0_valid = _T_4426;
  assign _T_4384_0_bits_opcode = out_1_b_bits_opcode;
  assign _T_4384_0_bits_param = out_1_b_bits_param;
  assign _T_4384_0_bits_size = out_1_b_bits_size;
  assign _T_4384_0_bits_source = out_1_b_bits_source;
  assign _T_4384_0_bits_address = out_1_b_bits_address;
  assign _T_4384_0_bits_mask = out_1_b_bits_mask;
  assign _T_4384_0_bits_data = out_1_b_bits_data;
  assign _T_4426 = out_1_b_valid & requestBOI_1_0;
  assign _T_4489_0_ready = _GEN_28;
  assign _T_4489_0_valid = _T_4551;
  assign _T_4489_0_bits_opcode = in_0_c_bits_opcode;
  assign _T_4489_0_bits_param = in_0_c_bits_param;
  assign _T_4489_0_bits_size = in_0_c_bits_size;
  assign _T_4489_0_bits_source = in_0_c_bits_source;
  assign _T_4489_0_bits_address = in_0_c_bits_address;
  assign _T_4489_0_bits_data = in_0_c_bits_data;
  assign _T_4489_0_bits_error = in_0_c_bits_error;
  assign _T_4489_1_ready = _GEN_29;
  assign _T_4489_1_valid = _T_4552;
  assign _T_4489_1_bits_opcode = in_0_c_bits_opcode;
  assign _T_4489_1_bits_param = in_0_c_bits_param;
  assign _T_4489_1_bits_size = in_0_c_bits_size;
  assign _T_4489_1_bits_source = in_0_c_bits_source;
  assign _T_4489_1_bits_address = in_0_c_bits_address;
  assign _T_4489_1_bits_data = in_0_c_bits_data;
  assign _T_4489_1_bits_error = in_0_c_bits_error;
  assign _T_4551 = in_0_c_valid & requestCIO_0_0;
  assign _T_4552 = in_0_c_valid & requestCIO_0_1;
  assign _T_4555 = requestCIO_0_0 ? _T_4489_0_ready : 1'h0;
  assign _T_4558 = requestCIO_0_1 ? _T_4489_1_ready : 1'h0;
  assign _T_4560 = _T_4555 | _T_4558;
  assign _T_4561 = _T_4560;
  assign _T_4608_0_ready = _T_5043;
  assign _T_4608_0_valid = _T_4654;
  assign _T_4608_0_bits_opcode = out_0_d_bits_opcode;
  assign _T_4608_0_bits_param = out_0_d_bits_param;
  assign _T_4608_0_bits_size = out_0_d_bits_size;
  assign _T_4608_0_bits_source = out_0_d_bits_source;
  assign _T_4608_0_bits_sink = out_0_d_bits_sink;
  assign _T_4608_0_bits_addr_lo = out_0_d_bits_addr_lo;
  assign _T_4608_0_bits_data = out_0_d_bits_data;
  assign _T_4608_0_bits_error = out_0_d_bits_error;
  assign _T_4654 = out_0_d_valid & requestDOI_0_0;
  assign _T_4701_0_ready = _T_5044;
  assign _T_4701_0_valid = _T_4747;
  assign _T_4701_0_bits_opcode = out_1_d_bits_opcode;
  assign _T_4701_0_bits_param = out_1_d_bits_param;
  assign _T_4701_0_bits_size = out_1_d_bits_size;
  assign _T_4701_0_bits_source = out_1_d_bits_source;
  assign _T_4701_0_bits_sink = out_1_d_bits_sink;
  assign _T_4701_0_bits_addr_lo = out_1_d_bits_addr_lo;
  assign _T_4701_0_bits_data = out_1_d_bits_data;
  assign _T_4701_0_bits_error = out_1_d_bits_error;
  assign _T_4747 = out_1_d_valid & requestDOI_1_0;
  assign _T_4774_0_ready = _GEN_30;
  assign _T_4774_0_valid = _T_4800;
  assign _T_4774_0_bits_sink = in_0_e_bits_sink;
  assign _T_4774_1_ready = _GEN_31;
  assign _T_4774_1_valid = _T_4801;
  assign _T_4774_1_bits_sink = in_0_e_bits_sink;
  assign _T_4800 = in_0_e_valid & requestEIO_0_0;
  assign _T_4801 = in_0_e_valid & requestEIO_0_1;
  assign _T_4804 = requestEIO_0_0 ? _T_4774_0_ready : 1'h0;
  assign _T_4807 = requestEIO_0_1 ? _T_4774_1_ready : 1'h0;
  assign _T_4809 = _T_4804 | _T_4807;
  assign _T_4810 = _T_4809;
  assign _T_4814 = _T_4812 == 5'h0;
  assign _T_4815 = _T_4814 & out_0_a_ready;
  assign _T_4818 = _T_4184_0_valid == 1'h0;
  assign _T_4824_0 = 1'h1;
  assign _T_4828 = _T_4824_0 & _T_4184_0_valid;
  assign _T_4833_0 = _T_4828;
  assign _T_4849 = _T_4818 | _T_4833_0;
  assign _T_4850 = _T_4849 | reset;
  assign _T_4852 = _T_4850 == 1'h0;
  assign _T_4854 = _T_4833_0 ? beatsAI_0 : 5'h0;
  assign _T_4855 = out_0_a_ready & out_0_a_valid;
  assign _GEN_0 = {{4'd0}, _T_4855};
  assign _T_4856 = _T_4812 - _GEN_0;
  assign _T_4857 = _T_4856[4:0];
  assign _T_4858 = _T_4815 ? _T_4854 : _T_4857;
  assign _T_4864_0 = 1'h0;
  assign _T_4872_0 = _T_4814 ? _T_4833_0 : _T_4868_0;
  assign _T_4882 = _T_4880 == 5'h0;
  assign _T_4883 = _T_4882 & out_1_a_ready;
  assign _T_4886 = _T_4184_1_valid == 1'h0;
  assign _T_4892_0 = 1'h1;
  assign _T_4896 = _T_4892_0 & _T_4184_1_valid;
  assign _T_4901_0 = _T_4896;
  assign _T_4917 = _T_4886 | _T_4901_0;
  assign _T_4918 = _T_4917 | reset;
  assign _T_4920 = _T_4918 == 1'h0;
  assign _T_4922 = _T_4901_0 ? beatsAI_0 : 5'h0;
  assign _T_4923 = out_1_a_ready & out_1_a_valid;
  assign _GEN_1 = {{4'd0}, _T_4923};
  assign _T_4924 = _T_4880 - _GEN_1;
  assign _T_4925 = _T_4924[4:0];
  assign _T_4926 = _T_4883 ? _T_4922 : _T_4925;
  assign _T_4932_0 = 1'h0;
  assign _T_4940_0 = _T_4882 ? _T_4901_0 : _T_4936_0;
  assign _T_4951 = _T_4949 == 5'h0;
  assign _T_4952 = _T_4951 & in_0_d_ready;
  assign _T_4955 = _T_4608_0_valid == 1'h0;
  assign _T_4965_0 = 1'h1;
  assign _T_4965_1 = _T_4955;
  assign _T_4970 = _T_4965_0 & _T_4608_0_valid;
  assign _T_4971 = _T_4965_1 & _T_4701_0_valid;
  assign _T_4977_0 = _T_4970;
  assign _T_4977_1 = _T_4971;
  assign _T_4984 = _T_4977_0 | _T_4977_1;
  assign _T_4988 = _T_4977_0 == 1'h0;
  assign _T_4993 = _T_4977_1 == 1'h0;
  assign _T_4994 = _T_4988 | _T_4993;
  assign _T_4996 = _T_4994 | reset;
  assign _T_4998 = _T_4996 == 1'h0;
  assign _T_4999 = _T_4608_0_valid | _T_4701_0_valid;
  assign _T_5001 = _T_4999 == 1'h0;
  assign _T_5003 = _T_5001 | _T_4984;
  assign _T_5004 = _T_5003 | reset;
  assign _T_5006 = _T_5004 == 1'h0;
  assign _T_5008 = _T_4977_0 ? beatsDO_0 : 5'h0;
  assign _T_5010 = _T_4977_1 ? beatsDO_1 : 5'h0;
  assign _T_5011 = _T_5008 | _T_5010;
  assign _T_5012 = in_0_d_ready & in_0_d_valid;
  assign _GEN_2 = {{4'd0}, _T_5012};
  assign _T_5013 = _T_4949 - _GEN_2;
  assign _T_5014 = _T_5013[4:0];
  assign _T_5015 = _T_4952 ? _T_5011 : _T_5014;
  assign _T_5023_0 = 1'h0;
  assign _T_5023_1 = 1'h0;
  assign _T_5033_0 = _T_4951 ? _T_4977_0 : _T_5028_0;
  assign _T_5033_1 = _T_4951 ? _T_4977_1 : _T_5028_1;
  assign _T_5038_0 = _T_4951 ? _T_4965_0 : _T_5028_0;
  assign _T_5038_1 = _T_4951 ? _T_4965_1 : _T_5028_1;
  assign _T_5043 = in_0_d_ready & _T_5038_0;
  assign _T_5044 = in_0_d_ready & _T_5038_1;
  assign _T_5048 = _T_5028_0 ? _T_4608_0_valid : 1'h0;
  assign _T_5051 = _T_5028_1 ? _T_4701_0_valid : 1'h0;
  assign _T_5053 = _T_5048 | _T_5051;
  assign _T_5054 = _T_5053;
  assign _T_5055 = _T_4951 ? _T_4999 : _T_5054;
  assign _T_5056 = {_T_4608_0_bits_data,_T_4608_0_bits_error};
  assign _T_5057 = {_T_4608_0_bits_sink,_T_4608_0_bits_addr_lo};
  assign _T_5058 = {_T_5057,_T_5056};
  assign _T_5059 = {_T_4608_0_bits_size,_T_4608_0_bits_source};
  assign _T_5060 = {_T_4608_0_bits_opcode,_T_4608_0_bits_param};
  assign _T_5061 = {_T_5060,_T_5059};
  assign _T_5062 = {_T_5061,_T_5058};
  assign _T_5064 = _T_5033_0 ? _T_5062 : 84'h0;
  assign _T_5065 = {_T_4701_0_bits_data,_T_4701_0_bits_error};
  assign _T_5066 = {_T_4701_0_bits_sink,_T_4701_0_bits_addr_lo};
  assign _T_5067 = {_T_5066,_T_5065};
  assign _T_5068 = {_T_4701_0_bits_size,_T_4701_0_bits_source};
  assign _T_5069 = {_T_4701_0_bits_opcode,_T_4701_0_bits_param};
  assign _T_5070 = {_T_5069,_T_5068};
  assign _T_5071 = {_T_5070,_T_5067};
  assign _T_5073 = _T_5033_1 ? _T_5071 : 84'h0;
  assign _T_5083 = _T_5064 | _T_5073;
  assign _T_5093_opcode = _T_5117;
  assign _T_5093_param = _T_5115;
  assign _T_5093_size = _T_5113;
  assign _T_5093_source = _T_5111;
  assign _T_5093_sink = _T_5109;
  assign _T_5093_addr_lo = _T_5107;
  assign _T_5093_data = _T_5105;
  assign _T_5093_error = _T_5103;
  assign _T_5102 = _T_5083[0];
  assign _T_5103 = _T_5102;
  assign _T_5104 = _T_5083[64:1];
  assign _T_5105 = _T_5104;
  assign _T_5106 = _T_5083[67:65];
  assign _T_5107 = _T_5106;
  assign _T_5108 = _T_5083[68];
  assign _T_5109 = _T_5108;
  assign _T_5110 = _T_5083[74:69];
  assign _T_5111 = _T_5110;
  assign _T_5112 = _T_5083[78:75];
  assign _T_5113 = _T_5112;
  assign _T_5114 = _T_5083[80:79];
  assign _T_5115 = _T_5114;
  assign _T_5116 = _T_5083[83:81];
  assign _T_5117 = _T_5116;
`ifdef RANDOMIZE
  integer initvar;
  initial begin
    `ifndef verilator
      #0.002 begin end
    `endif
  `ifdef RANDOMIZE_REG_INIT
  _GEN_32 = {1{$random}};
  _T_4812 = _GEN_32[4:0];
  `endif
  `ifdef RANDOMIZE_REG_INIT
  _GEN_33 = {1{$random}};
  _T_4868_0 = _GEN_33[0:0];
  `endif
  `ifdef RANDOMIZE_REG_INIT
  _GEN_34 = {1{$random}};
  _T_4880 = _GEN_34[4:0];
  `endif
  `ifdef RANDOMIZE_REG_INIT
  _GEN_35 = {1{$random}};
  _T_4936_0 = _GEN_35[0:0];
  `endif
  `ifdef RANDOMIZE_REG_INIT
  _GEN_36 = {1{$random}};
  _T_4949 = _GEN_36[4:0];
  `endif
  `ifdef RANDOMIZE_REG_INIT
  _GEN_37 = {1{$random}};
  _T_5028_0 = _GEN_37[0:0];
  `endif
  `ifdef RANDOMIZE_REG_INIT
  _GEN_38 = {1{$random}};
  _T_5028_1 = _GEN_38[0:0];
  `endif
  `ifdef RANDOMIZE_REG_INIT
  _GEN_39 = {1{$random}};
  _GEN_3 = _GEN_39[2:0];
  `endif
  `ifdef RANDOMIZE_REG_INIT
  _GEN_40 = {1{$random}};
  _GEN_4 = _GEN_40[1:0];
  `endif
  `ifdef RANDOMIZE_REG_INIT
  _GEN_41 = {1{$random}};
  _GEN_5 = _GEN_41[3:0];
  `endif
  `ifdef RANDOMIZE_REG_INIT
  _GEN_42 = {1{$random}};
  _GEN_6 = _GEN_42[5:0];
  `endif
  `ifdef RANDOMIZE_REG_INIT
  _GEN_43 = {1{$random}};
  _GEN_7 = _GEN_43[31:0];
  `endif
  `ifdef RANDOMIZE_REG_INIT
  _GEN_44 = {1{$random}};
  _GEN_8 = _GEN_44[7:0];
  `endif
  `ifdef RANDOMIZE_REG_INIT
  _GEN_45 = {2{$random}};
  _GEN_9 = _GEN_45[63:0];
  `endif
  `ifdef RANDOMIZE_REG_INIT
  _GEN_46 = {1{$random}};
  _GEN_10 = _GEN_46[2:0];
  `endif
  `ifdef RANDOMIZE_REG_INIT
  _GEN_47 = {1{$random}};
  _GEN_11 = _GEN_47[2:0];
  `endif
  `ifdef RANDOMIZE_REG_INIT
  _GEN_48 = {1{$random}};
  _GEN_12 = _GEN_48[3:0];
  `endif
  `ifdef RANDOMIZE_REG_INIT
  _GEN_49 = {1{$random}};
  _GEN_13 = _GEN_49[5:0];
  `endif
  `ifdef RANDOMIZE_REG_INIT
  _GEN_50 = {1{$random}};
  _GEN_14 = _GEN_50[31:0];
  `endif
  `ifdef RANDOMIZE_REG_INIT
  _GEN_51 = {2{$random}};
  _GEN_15 = _GEN_51[63:0];
  `endif
  `ifdef RANDOMIZE_REG_INIT
  _GEN_52 = {1{$random}};
  _GEN_16 = _GEN_52[0:0];
  `endif
  `ifdef RANDOMIZE_REG_INIT
  _GEN_53 = {1{$random}};
  _GEN_17 = _GEN_53[0:0];
  `endif
  `ifdef RANDOMIZE_REG_INIT
  _GEN_54 = {1{$random}};
  _GEN_18 = _GEN_54[2:0];
  `endif
  `ifdef RANDOMIZE_REG_INIT
  _GEN_55 = {1{$random}};
  _GEN_19 = _GEN_55[2:0];
  `endif
  `ifdef RANDOMIZE_REG_INIT
  _GEN_56 = {1{$random}};
  _GEN_20 = _GEN_56[3:0];
  `endif
  `ifdef RANDOMIZE_REG_INIT
  _GEN_57 = {1{$random}};
  _GEN_21 = _GEN_57[5:0];
  `endif
  `ifdef RANDOMIZE_REG_INIT
  _GEN_58 = {1{$random}};
  _GEN_22 = _GEN_58[31:0];
  `endif
  `ifdef RANDOMIZE_REG_INIT
  _GEN_59 = {2{$random}};
  _GEN_23 = _GEN_59[63:0];
  `endif
  `ifdef RANDOMIZE_REG_INIT
  _GEN_60 = {1{$random}};
  _GEN_24 = _GEN_60[0:0];
  `endif
  `ifdef RANDOMIZE_REG_INIT
  _GEN_61 = {1{$random}};
  _GEN_25 = _GEN_61[0:0];
  `endif
  `ifdef RANDOMIZE_REG_INIT
  _GEN_62 = {1{$random}};
  _GEN_26 = _GEN_62[0:0];
  `endif
  `ifdef RANDOMIZE_REG_INIT
  _GEN_63 = {1{$random}};
  _GEN_27 = _GEN_63[0:0];
  `endif
  `ifdef RANDOMIZE_REG_INIT
  _GEN_64 = {1{$random}};
  _GEN_28 = _GEN_64[0:0];
  `endif
  `ifdef RANDOMIZE_REG_INIT
  _GEN_65 = {1{$random}};
  _GEN_29 = _GEN_65[0:0];
  `endif
  `ifdef RANDOMIZE_REG_INIT
  _GEN_66 = {1{$random}};
  _GEN_30 = _GEN_66[0:0];
  `endif
  `ifdef RANDOMIZE_REG_INIT
  _GEN_67 = {1{$random}};
  _GEN_31 = _GEN_67[0:0];
  `endif
  end
`endif
  always @(posedge clock) begin
    if (reset) begin
      _T_4812 <= 5'h0;
    end else begin
      if (_T_4815) begin
        if (_T_4833_0) begin
          _T_4812 <= beatsAI_0;
        end else begin
          _T_4812 <= 5'h0;
        end
      end else begin
        _T_4812 <= _T_4857;
      end
    end
    if (reset) begin
      _T_4868_0 <= _T_4864_0;
    end else begin
      if (_T_4814) begin
        _T_4868_0 <= _T_4833_0;
      end
    end
    if (reset) begin
      _T_4880 <= 5'h0;
    end else begin
      if (_T_4883) begin
        if (_T_4901_0) begin
          _T_4880 <= beatsAI_0;
        end else begin
          _T_4880 <= 5'h0;
        end
      end else begin
        _T_4880 <= _T_4925;
      end
    end
    if (reset) begin
      _T_4936_0 <= _T_4932_0;
    end else begin
      if (_T_4882) begin
        _T_4936_0 <= _T_4901_0;
      end
    end
    if (reset) begin
      _T_4949 <= 5'h0;
    end else begin
      if (_T_4952) begin
        _T_4949 <= _T_5011;
      end else begin
        _T_4949 <= _T_5014;
      end
    end
    if (reset) begin
      _T_5028_0 <= _T_5023_0;
    end else begin
      if (_T_4951) begin
        _T_5028_0 <= _T_4977_0;
      end
    end
    if (reset) begin
      _T_5028_1 <= _T_5023_1;
    end else begin
      if (_T_4951) begin
        _T_5028_1 <= _T_4977_1;
      end
    end
    `ifndef SYNTHESIS
    `ifdef PRINTF_COND
      if (`PRINTF_COND) begin
    `endif
        if (1'h0) begin
          $fwrite(32'h80000002,"Assertion failed\n    at Arbiter.scala:48 assert((prefixOR zip winner) map { case (p,w) => !p || !w } reduce {_ && _})\n");
        end
    `ifdef PRINTF_COND
      end
    `endif
    `endif
    `ifndef SYNTHESIS
    `ifdef STOP_COND
      if (`STOP_COND) begin
    `endif
        if (1'h0) begin
          $fatal;
        end
    `ifdef STOP_COND
      end
    `endif
    `endif
    `ifndef SYNTHESIS
    `ifdef PRINTF_COND
      if (`PRINTF_COND) begin
    `endif
        if (_T_4852) begin
          $fwrite(32'h80000002,"Assertion failed\n    at Arbiter.scala:50 assert (!valids.reduce(_||_) || winner.reduce(_||_))\n");
        end
    `ifdef PRINTF_COND
      end
    `endif
    `endif
    `ifndef SYNTHESIS
    `ifdef STOP_COND
      if (`STOP_COND) begin
    `endif
        if (_T_4852) begin
          $fatal;
        end
    `ifdef STOP_COND
      end
    `endif
    `endif
    `ifndef SYNTHESIS
    `ifdef PRINTF_COND
      if (`PRINTF_COND) begin
    `endif
        if (1'h0) begin
          $fwrite(32'h80000002,"Assertion failed\n    at Arbiter.scala:48 assert((prefixOR zip winner) map { case (p,w) => !p || !w } reduce {_ && _})\n");
        end
    `ifdef PRINTF_COND
      end
    `endif
    `endif
    `ifndef SYNTHESIS
    `ifdef STOP_COND
      if (`STOP_COND) begin
    `endif
        if (1'h0) begin
          $fatal;
        end
    `ifdef STOP_COND
      end
    `endif
    `endif
    `ifndef SYNTHESIS
    `ifdef PRINTF_COND
      if (`PRINTF_COND) begin
    `endif
        if (_T_4920) begin
          $fwrite(32'h80000002,"Assertion failed\n    at Arbiter.scala:50 assert (!valids.reduce(_||_) || winner.reduce(_||_))\n");
        end
    `ifdef PRINTF_COND
      end
    `endif
    `endif
    `ifndef SYNTHESIS
    `ifdef STOP_COND
      if (`STOP_COND) begin
    `endif
        if (_T_4920) begin
          $fatal;
        end
    `ifdef STOP_COND
      end
    `endif
    `endif
    `ifndef SYNTHESIS
    `ifdef PRINTF_COND
      if (`PRINTF_COND) begin
    `endif
        if (_T_4998) begin
          $fwrite(32'h80000002,"Assertion failed\n    at Arbiter.scala:48 assert((prefixOR zip winner) map { case (p,w) => !p || !w } reduce {_ && _})\n");
        end
    `ifdef PRINTF_COND
      end
    `endif
    `endif
    `ifndef SYNTHESIS
    `ifdef STOP_COND
      if (`STOP_COND) begin
    `endif
        if (_T_4998) begin
          $fatal;
        end
    `ifdef STOP_COND
      end
    `endif
    `endif
    `ifndef SYNTHESIS
    `ifdef PRINTF_COND
      if (`PRINTF_COND) begin
    `endif
        if (_T_5006) begin
          $fwrite(32'h80000002,"Assertion failed\n    at Arbiter.scala:50 assert (!valids.reduce(_||_) || winner.reduce(_||_))\n");
        end
    `ifdef PRINTF_COND
      end
    `endif
    `endif
    `ifndef SYNTHESIS
    `ifdef STOP_COND
      if (`STOP_COND) begin
    `endif
        if (_T_5006) begin
          $fatal;
        end
    `ifdef STOP_COND
      end
    `endif
    `endif
  end
endmodule